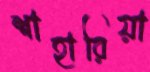
শাহারিয়া